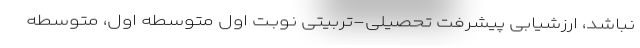
نباشد، ارزشیابی پیشرفت تحصیلی-تربیتی نوبـت اول متوسطه اول، متوسطه